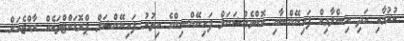
ކުރުމާއި އަދި އިސްލާމިކް ފައިނޭންސާއި ކޮންވެންްޝަނަލް ފައިނޭންސިންގެ އިތުރު ފައިނޭންޝަލް ޕްރޮޑަކްޓްތަކެއް ރާއްޖެއަށް